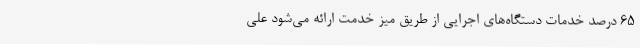
65 درصد خدمات دستگاه‌های اجرایی از طریق میز خدمت ارائه می‌شود علی